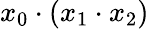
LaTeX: x_{0}\cdot(x_{1}\cdot x_{2})